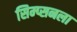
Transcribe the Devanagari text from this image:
सिम्प्सनला